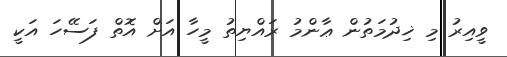
ވީއިރު މި ޚިދުމަތުން ޢާންމު ރައްޔިތު މީހާ އަށް އޮތް ފަސޭހަ އަކީ